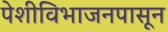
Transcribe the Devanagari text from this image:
पेशीविभाजनपासून